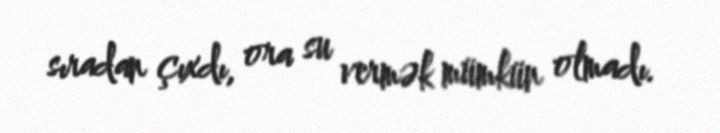
sıradan çıxdı, ora su vermək mümkün olmadı.